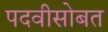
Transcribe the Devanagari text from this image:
पदवीसोबत